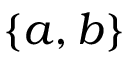
\{ a , b \}